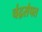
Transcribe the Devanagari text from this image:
चंद्रसंपत